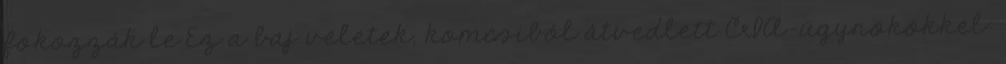
fokozzák le Ez a baj veletek, komcsiból átvedlett CIA-ügynökökkel: